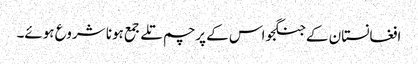
افغانستان کے جنگجو اس کے پرچم تلے جمع ہونا شروع ہوئے۔